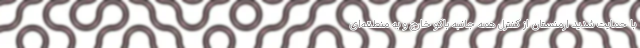
با حمایت شدید ارمنستان از کنترل همه جانبه باکو خارج و به منطقه‌ای